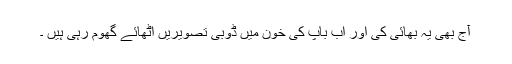
آج بھی یہ بھائی کی اور اب باپ کی خون میں ڈوبی تصویریں اٹھائے گھوم رہی ہیں ۔